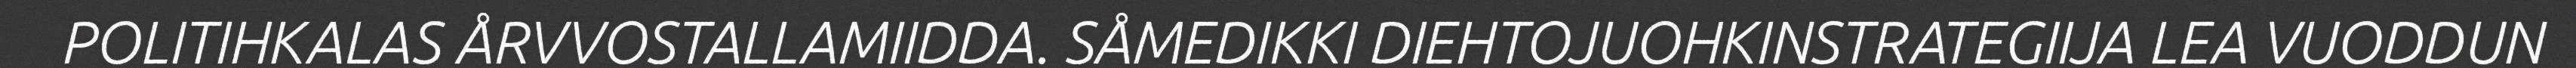
POLITIHKALAS ÅRVVOSTALLAMIIDDA. SÅMEDIKKI DIEHTOJUOHKINSTRATEGIIJA LEA VUODDUN